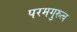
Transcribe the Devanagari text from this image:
परमगुरुत्व